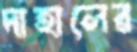
দাহালের